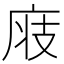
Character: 𢈧